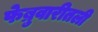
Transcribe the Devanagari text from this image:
फेब्रुवारीतली